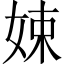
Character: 娕